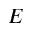
E